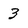
Character: 3